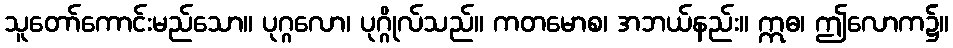
သူတော်ကောင်းမည်သော။ ပုဂ္ဂလော၊ ပုဂ္ဂိုလ်သည်။ ကတမောစ၊ အဘယ်နည်း။ ဣဓ၊ ဤလောက၌။